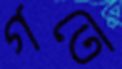
গতে